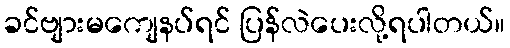
ခင်ဗျားမကျေနပ်ရင် ပြန်လဲပေးလို့ရပါတယ်။